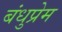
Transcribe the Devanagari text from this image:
बंधुप्रेम